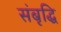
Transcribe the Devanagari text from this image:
संबृद्धि